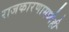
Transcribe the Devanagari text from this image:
राजकारणामध्येही